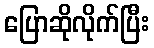
ပြောဆိုလိုက်ပြီး